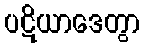
ပဋိယာဒေတွာ